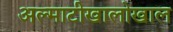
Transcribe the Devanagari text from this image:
अल्माटीखालोखाल